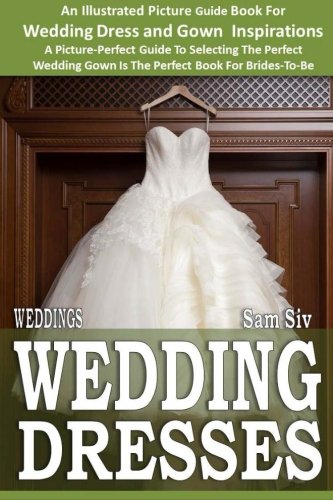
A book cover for Weddings: Wedding Dresses: An Illustrated Picture Guide Book For Wedding Dress and Gown Inspirations: A Picture-Perfect Guide To Selecting The Perfect ... Brides-To-Be (Weddings by Sam Siv) (Volume 7); Sam Siv; Crafts, Hobbies & Home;